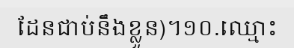
ដែនជាប់នឹងខ្លួន)។១០.ឈ្មោះ